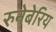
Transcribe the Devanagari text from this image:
रुनेबेरिय